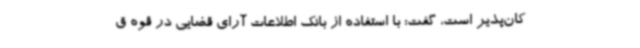
کان‌پذیر است، گفت: با استفاده از بانک اطلاعات آرای قضایی در قوه ق